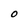
Character: O